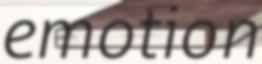
emotion